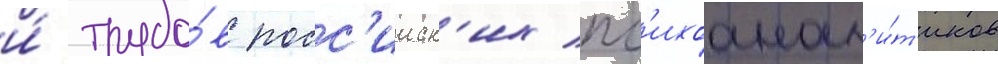
и́ трудо́в росс'ииск'их пс'ихоанал'и́т'иков